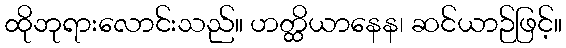
ထိုဘုရားလောင်းသည်။ ဟတ္ထိယာနေန၊ ဆင်ယာဉ်ဖြင့်။